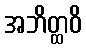
အဘိတ္ထဝိ